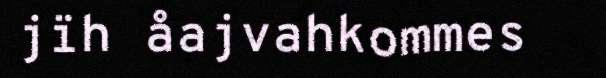
jïh åajvahkommes